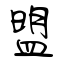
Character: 盟